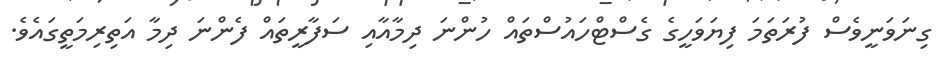
ގިނަވަނީވެސް ފުރަތަމަ ފިޔަވަހީގެ ގެސްޓްހައުސްތައް ހުންނަ ދިމާއާއި ސަފާރީތައް ފެންނަ ދިމާ އަތިރިމަތީގައެވެ.